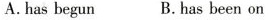
A.has begun B.has been on